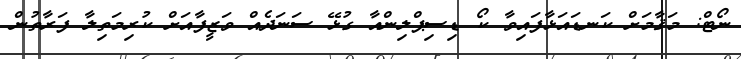
ނޯޓް: މަޤާމަށް ކަނޑައަޅާފައިވާ ކޯ ޑިސިޕްލިންއާ ގުޅޭ ސަނަދެއް ވަޒީފާއަށް ކުރިމަތިލާ ފަރާތުން